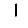
Digit: 1